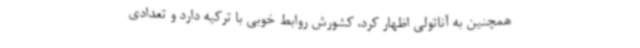
همچنین به آناتولی اظهار کرد،‌ کشورش روابط خوبی با ترکیه دارد و تعدادی